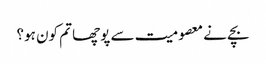
بچے نے معصومیت سے پوچھا تم کون ہو؟